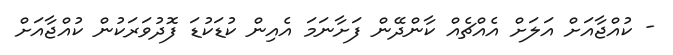
- ކުއްޖާއަށް އަލަށް އެއްޗެއް ކާންދޭން ފަށާނަމަ އެއިން ކުޑަކުޑަ ފޮދުވަރަކުން ކުއްޖާއަށް